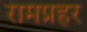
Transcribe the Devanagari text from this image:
रामप्रहर